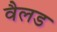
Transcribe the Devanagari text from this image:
वैलड